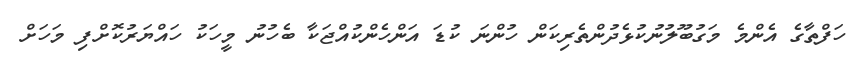
ހަފްތާގެ އެންމެ މަގުބޫލުނުކުޅެދުންތެރިކަން ހުންނަ ކުޑަ އަންހެންކުއްޖަކާ ބެހުނު މީހަކު ހައްޔަރުކޮށްފި މަހަށް